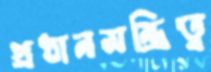
প্রধানমন্ত্রিত্ব